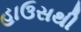
હાઉસથી